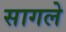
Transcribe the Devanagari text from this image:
सागले